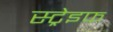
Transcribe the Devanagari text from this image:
स्ट्रेइफ